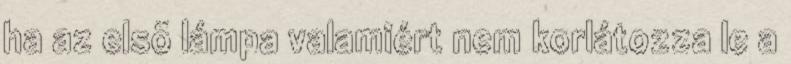
ha az elsõ lámpa valamiért nem korlátozza le a